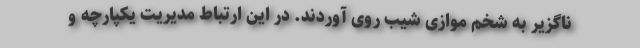
ناگزیر به شخم موازی شیب روی آوردند. در این ارتباط مدیریت یکپارچه و